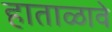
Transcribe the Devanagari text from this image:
हाताळावे